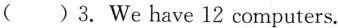
( )3. We have 12 computers.